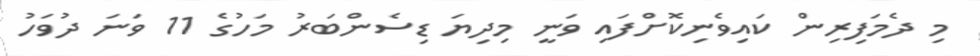
މި ދެމަފިރިން ކައިވެނިކޮށްފައި ވަނީ މިދިޔަ ޑިސެންބަރު މަހުގެ 11 ވަނަ ދުވަހު